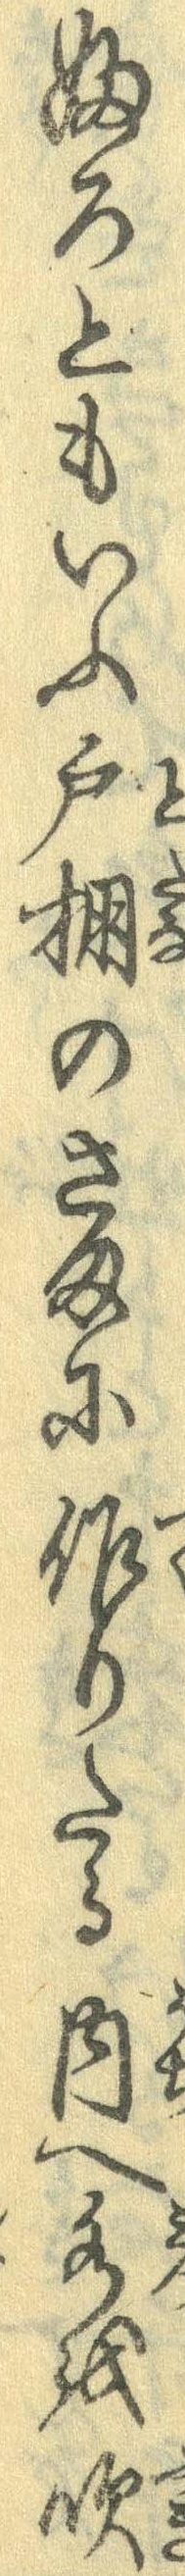
ふろともいふ戸棚のさまに作りたる内へ水を吹